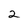
Character: 2